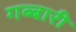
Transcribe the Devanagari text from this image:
गब्बारी